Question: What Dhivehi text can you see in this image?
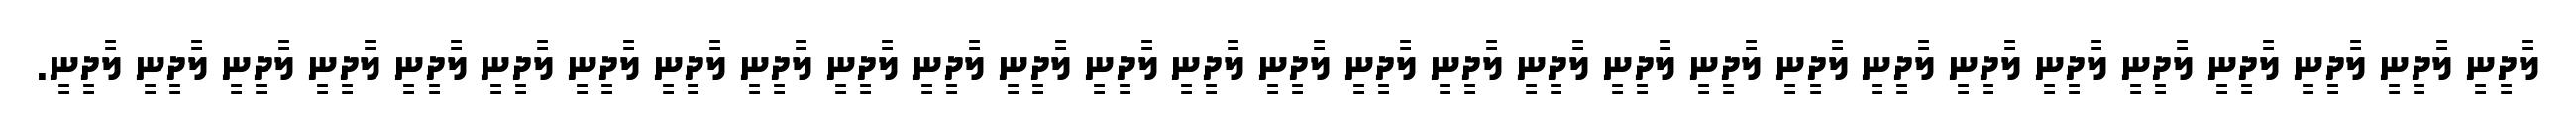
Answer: ލާދީނީ ލާދީނީ ލާދީނީ ލާދީނީ ލާދީނީ ލާދީނީ ލާދީނީ ލާދީނީ ލާދީނީ ލާދީނީ ލާދީނީ ލާދީނީ ލާދީނީ ލާދީނީ ލާދީނީ ލާދީނީ ލާދީނީ ލާދީނީ ލާދީނީ ލާދީނީ ލާދީނީ ލާދީނީ ލާދީނީ ލާދީނީ ލާދީނީ ލާދީނީ ލާދީނީ ލާދީނީ ލާދީނީ.